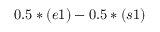
0 . 5 * ( e 1 ) - 0 . 5 * ( s 1 )